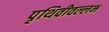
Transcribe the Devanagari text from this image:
पृथिवीवल्लभ